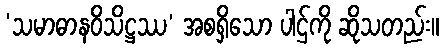
‘သမာဓာနဝိသိဋ္ဌဿ’ အစရှိသော ပါဌ်ကို ဆိုသတည်း။